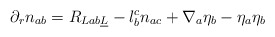
\begin{align*} \partial_r n_{ab} = R_{Lab\underline L} - l_b^c n_{ac} + \nabla_a \eta_b - \eta_a\eta_b\end{align*}